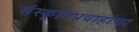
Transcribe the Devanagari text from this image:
संस्कृतिप्रवाहांचा